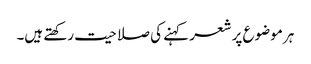
ہر موضوع پر شعر کہنے کی صلاحیت رکھتے ہیں۔